Document type: Sale
Year: 1435
Scribe: Pere Soler
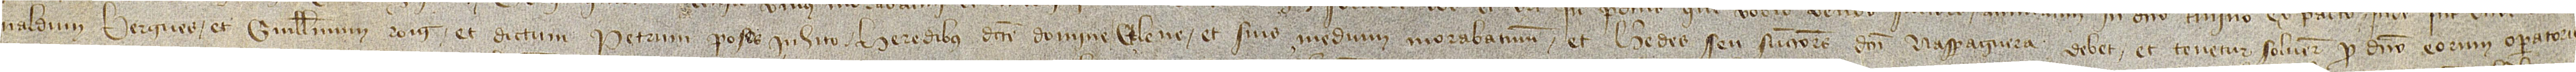
naldum Bergues et Guillelmum Roig et dictum Petrum Poses inhito, heredibus dicte domine Elene et suis medium morabatinum; et heredes seu successores dicti n’Asparraguera debet et tenetur solvere pro domino eorum operatorio